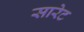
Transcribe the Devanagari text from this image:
सारेट